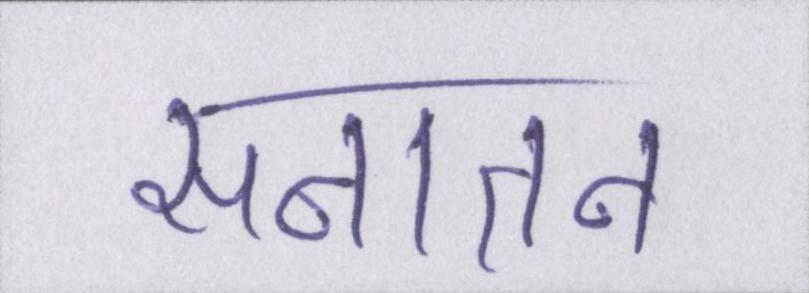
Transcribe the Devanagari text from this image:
सनातन